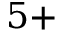
5 +